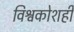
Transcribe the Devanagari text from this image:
विश्वकोशही